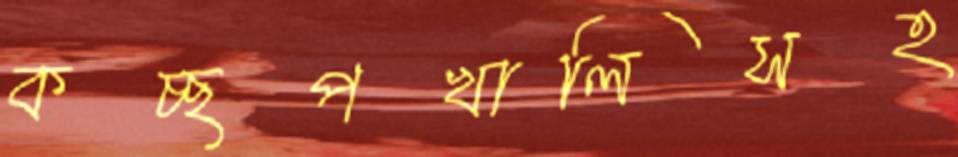
কচ্ছপখালিসহ